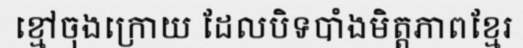
ខ្មៅចុងក្រោយ ដែលបិទបាំងមិត្តភាពខ្មែរ